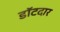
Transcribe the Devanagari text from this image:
डॉटदार